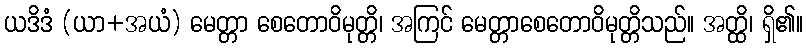
ယဒိဒံ (ယာ+အယံ) မေတ္တာ စေတောဝိမုတ္တိ၊ အကြင် မေတ္တာစေတောဝိမုတ္တိသည်။ အတ္ထိ၊ ရှိ၏။